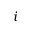
i